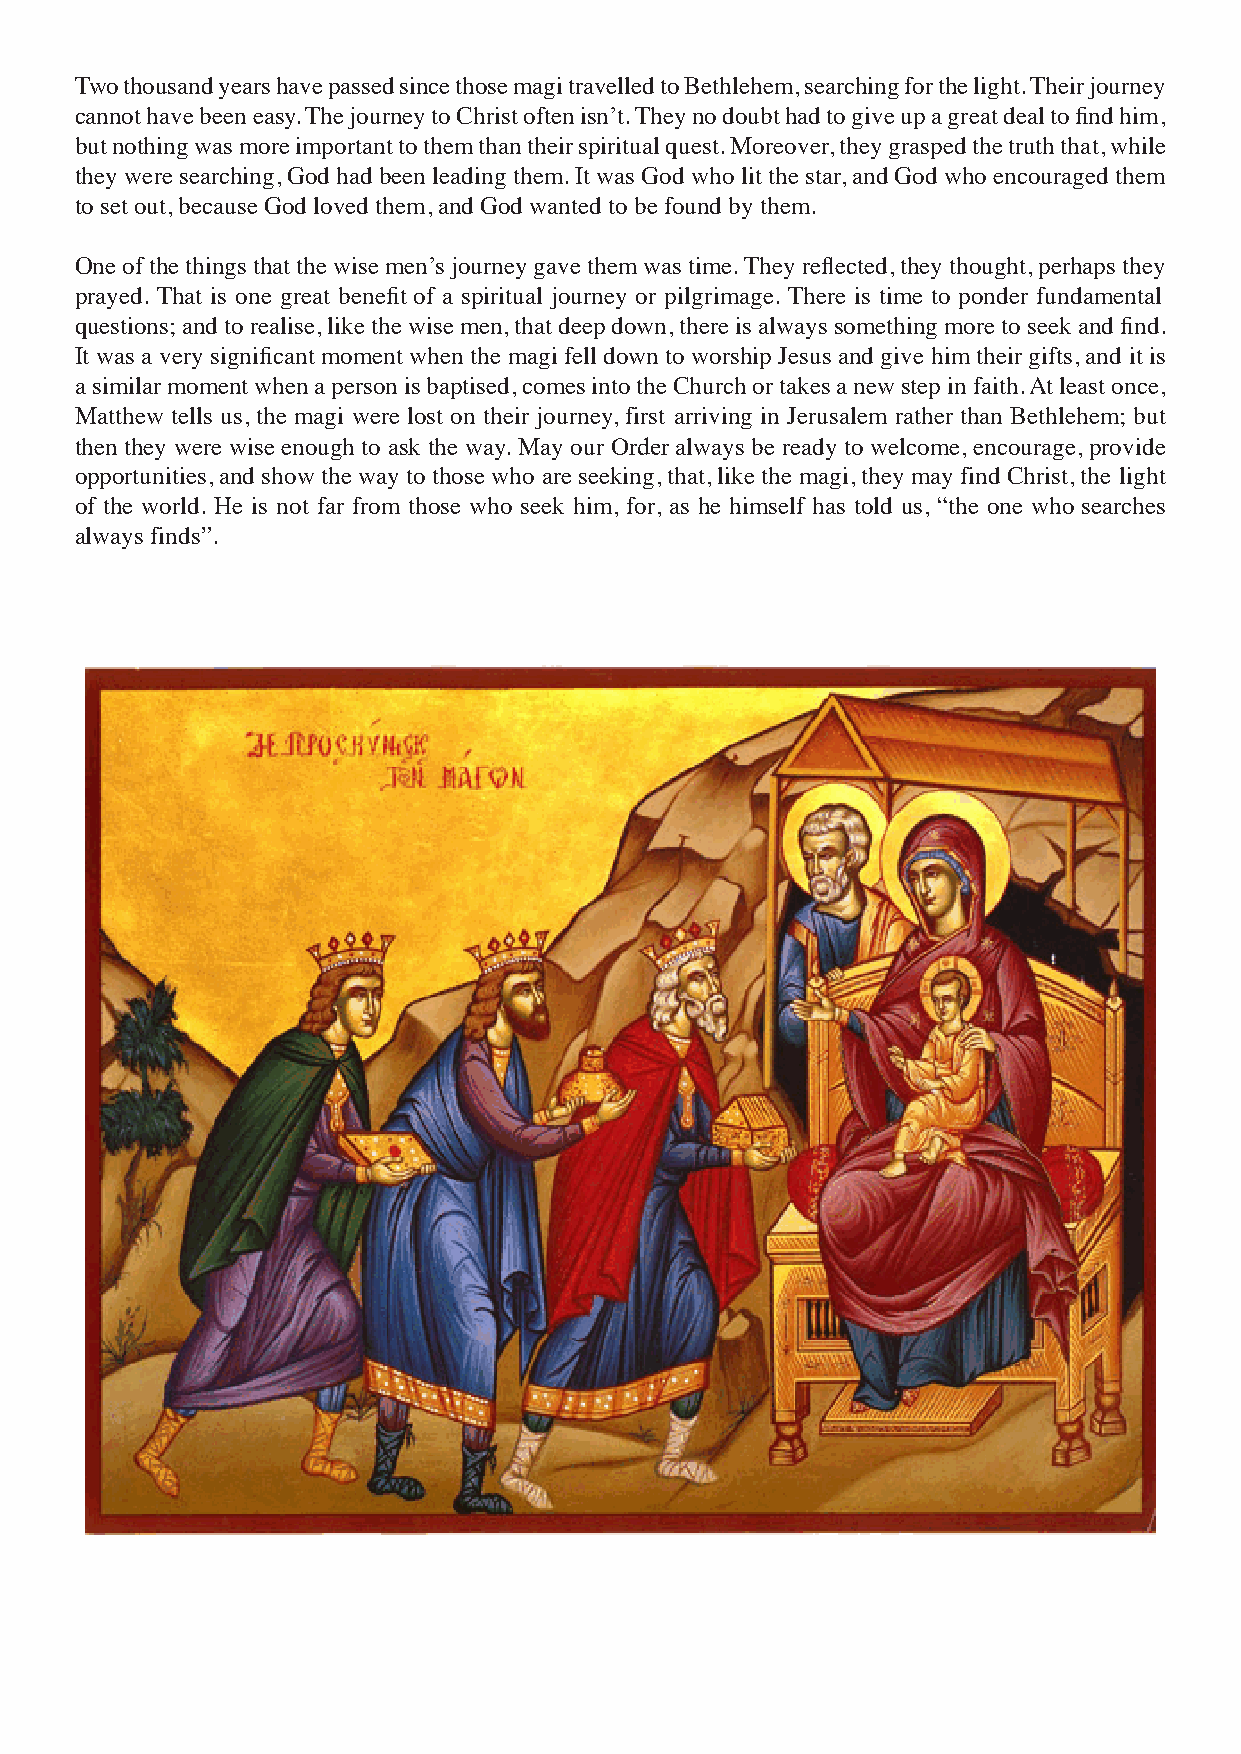
Two thousand years have passed since those magi travelled to Bethlehem, searching for the light. Their journey
 cannot have been easy. The journey to Christ often isn’t. They no doubt had to give up a great deal to find him,
 but nothing was more important to them than their spiritual quest. Moreover, they grasped the truth that, while
 they were searching, God had been leading them. It was God who lit the star, and God who encouraged them
 to set out, because God loved them, and God wanted to be found by them.
 One of the things that the wise men’s journey gave them was time. They reflected, they thought, perhaps they
 prayed. That is one great benefit of a spiritual journey or pilgrimage. There is time to ponder fundamental
 questions; and to realise, like the wise men, that deep down, there is always something more to seek and find.
 It was a very significant moment when the magi fell down to worship Jesus and give him their gifts, and it is
 a similar moment when a person is baptised, comes into the Church or takes a new step in faith. At least once,
 Matthew tells us, the magi were lost on their journey, first arriving in Jerusalem rather than Bethlehem; but
 then they were wise enough to ask the way. May our Order always be ready to welcome, encourage, provide
 opportunities, and show the way to those who are seeking, that, like the magi, they may find Christ, the light
 of the world. He is not far from those who seek him, for, as he himself has told us, “the one who searches
 always finds”.